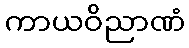
ကာယဝိညာဏံ